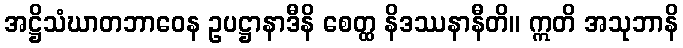
အဋ္ဌိသံဃာတဘာဝေန ဥပဋ္ဌာနာဒီနိ စေတ္ထ နိဒဿနာနီတိ။ ဣတိ အသုဘာနိ